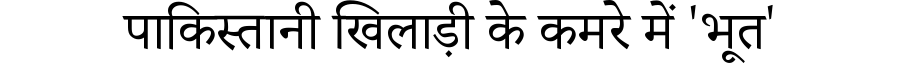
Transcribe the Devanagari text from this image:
पाकिस्तानी खिलाड़ी के कमरे में 'भूत'